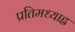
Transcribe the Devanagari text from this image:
प्रतिमध्याह्न